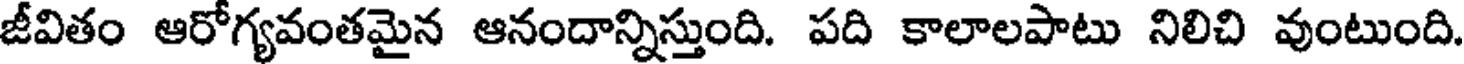
జీవితం ఆరోగ్యవంతమైన ఆనందాన్నిస్తుంది. పది కాలాలపాటు నిలిచి వుంటుంది.